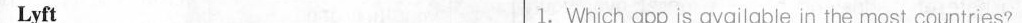
Lyft 1.Which app is available in the most countries?